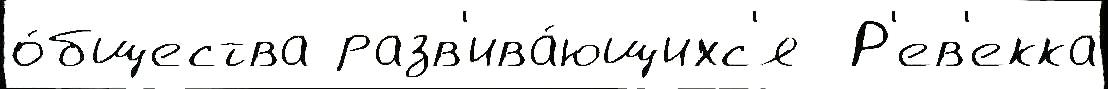
о́бщества разв'ива́ющихс'я  Р'ев'екка